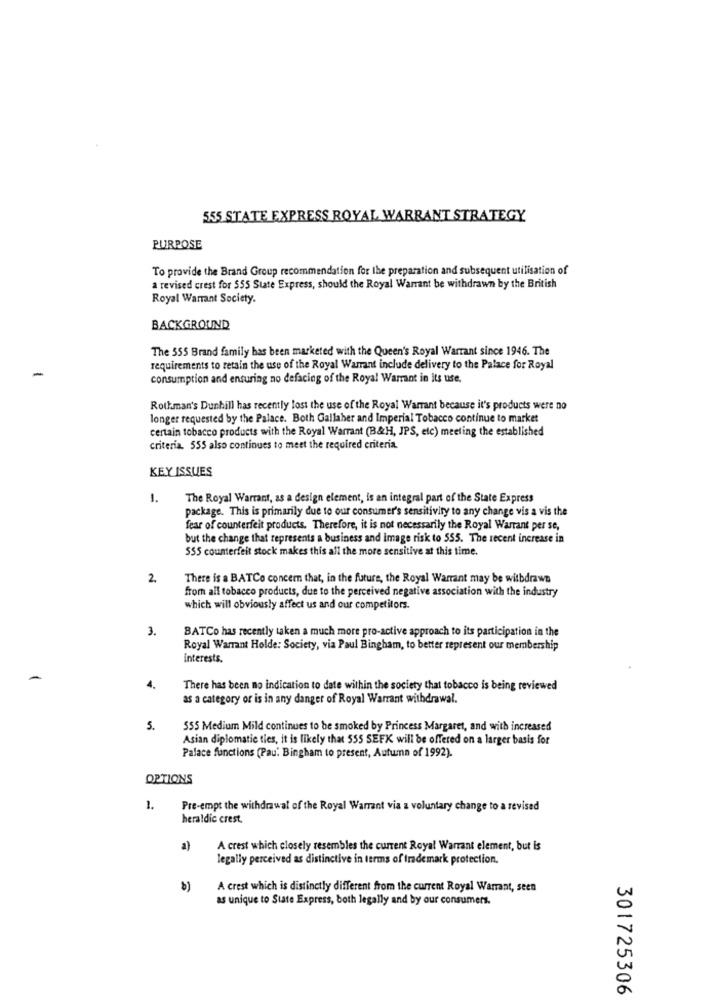
555 STATE EXPRESS ROYAL WARRANT STRATEGY
PURPOSE
To provide the Brand Group recommendation for the preparation and subsequent utilisation of
a revised crest for $55 State Express, should the Royal Warrant be withdrawn by the British
Royal Warrant Society.
BACKGROUND
The 555 Brand family has been marketed with the Queen's Royal Warrant since 1946. The
requirements to retain the use of the Royal Warrant include delivery to the Palace for Royal
consumption and ensuring no defacing of the Royal Warrant in its use.
Rothman's Dunhill has recently lost the use of the Royal Warrant because it's products were no
longer requested by the Palace. Both Gallaher and Imperial Tobacco continue to market
certain tobacco products with the Royal Warrant (B&H, JPS, etc) meeting the established
criteria. 555 also continues to meet the required criteria.
KEY ISSUES
1.
The Royal Warrant, as a design element, is an integral part of the State Express
package. This is primarily due to our consumer's sensitivity to any change vis a vis the
fear of counterfeit products. Therefore, it is not necessarily the Royal Warrant per se,
but the change that represents a business and image risk to 555. The recent increase in
555 counterfeit stock makes this all the more sensitive at this time.
2
There is a BATCo concem that, in the future, the Royal Warrant may be withdrawn
from all tobacco products, due to the perceived negative association with the industry
which will obviously affect us and our competitors.
3.
BATCo has recently taken a much more pro-active approach to its participation in the
Royal Warrant Holde: Society, via Paul Bingham, to better represent our membership
interests.
4.
There has been no indication to date within the society that tobacco is being reviewed
as a category or is in any danger of Royal Warrant withdrawal.
5.
555 Medium Mild continues to be smoked by Princess Margaret, and with increased
Asian diplomatic ties, it is likely that 555 SEFX will be offered on a larger basis for
Palace functions (Pau: Bingham to present, Autumn of 1992).
OPTIONS
1.
Pre-empt the withdrawal of the Royal Warrant via a voluntary change to a revised
heraldic crest.
a)
A crest which closely resembles the current Royal Warrant element, but is
legally perceived as distinctive in terms of trademark protection.
b)
A crest which is distinctly different from the current Royal Warrant, seen
as unique to State Express, both legally and by our consumers.
301725306